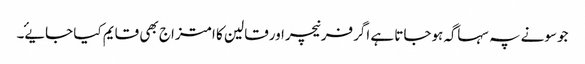
جوسونے پہ سہاگہ ہوجاتا ہے اگرفرنیچراورقالین کا امتزاج بھی قایم کیا جایۓ۔